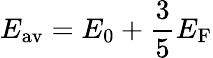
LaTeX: E_{\mathrm{av}}=E_{0}+{\frac{3}{5}}E_{\mathrm{F}}